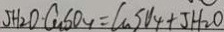
5 H _ { 2 } O C u S O _ { 4 } = C u S O _ { 4 } + J H _ { 2 } O